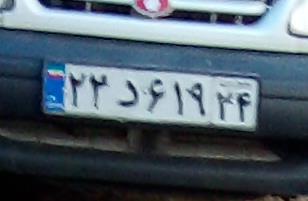
۲۳د۶۱۹۲۴